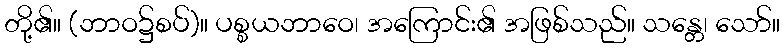
တို့၏။ (ဘာဝ၌စပ်)။ ပစ္စယဘာဝေ၊ အကြောင်း၏ အဖြစ်သည်။ သန္တေ၊ သော်။